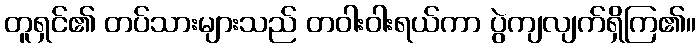
တူရှင်၏ တပ်သားများသည် တဝါးဝါးရယ်ကာ ပွဲကျလျက်ရှိကြ၏။